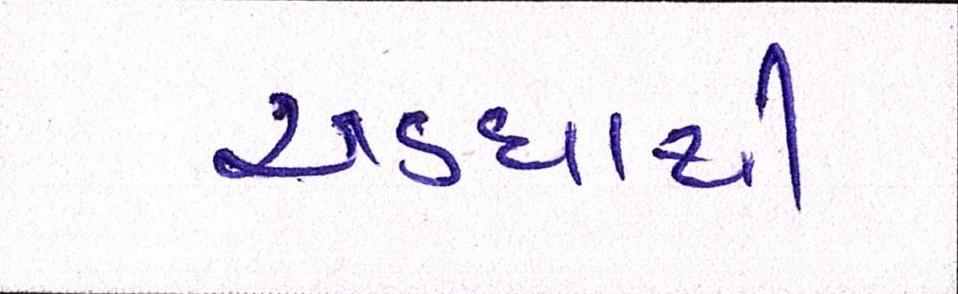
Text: અડધાથી